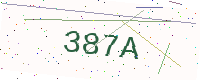
Text: 387A